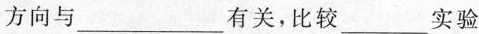
方向与___有关，比较___实验